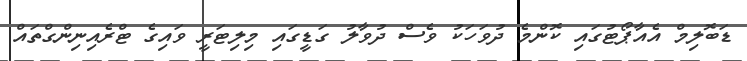
ޑަބޮލިމް އެއާޕޯޓުގައި ކޮންމެ ދުވަހަކު ވެސް ދުވާލު ގަޑީގައި މިލިޓަރީ ވައިގެ ޓްރެއިނިންގްތައް